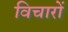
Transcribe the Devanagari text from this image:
विचारोें